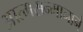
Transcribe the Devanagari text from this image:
आत्मसन्मानाने